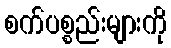
စက်ပစ္စည်းများကို